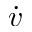
\dot { v }